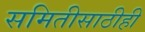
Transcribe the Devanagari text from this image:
समितीसाठीही